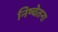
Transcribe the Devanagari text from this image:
निष्चेतना